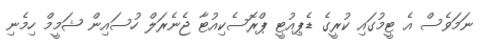
ނަމަވެސް އެ ޓީމުގައި ކުރީގެ ޑެޕިއުޓީ ޕްރޮސެކިއުޓާ ޖެނެރަލް ހުސައިން ޝަމީމް ހިމެނި